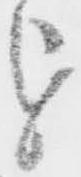
を